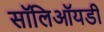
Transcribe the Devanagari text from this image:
सॉलिऑयडी